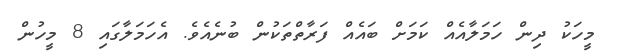
މީހަކު ދިން ހަމަލާއެއް ކަމަށް ބައެއް ފަރާތްތަކުން ބުނެއެވެ. އެހަމަލާގައި 8 މީހުން